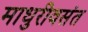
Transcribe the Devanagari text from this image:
माधुरीवसंत